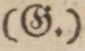
(G.)